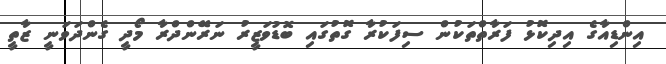
އިންޑިއާގެ އިދިކޮޅު ފަރާތްތަކުން ސިފަކުރާ ގޮތުގައި ބޮޑުވަޒީރު ނަރޭންދްރާ މޯދީ ގެންދަވަނީ ޒާތީ